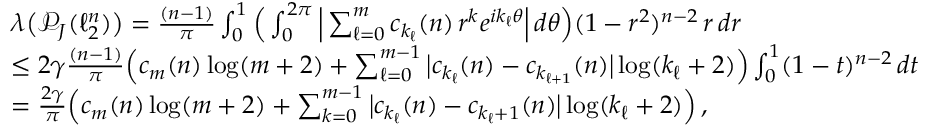
\begin{array} { r l } & { \boldsymbol { \lambda } \big ( \mathcal { P } _ { J } ( \ell _ { 2 } ^ { n } ) \big ) = \frac { ( n - 1 ) } { \pi } \int _ { 0 } ^ { 1 } \Big ( \int _ { 0 } ^ { 2 \pi } \Big | \sum _ { \ell = 0 } ^ { m } c _ { k _ { \ell } } ( n ) \, r ^ { k } e ^ { i k _ { \ell } \theta } \Big | \, d \theta \Big ) ( 1 - r ^ { 2 } ) ^ { n - 2 } \, r \, d r } \\ & { \leq 2 \gamma \frac { ( n - 1 ) } { \pi } \Big ( c _ { m } ( n ) \log ( m + 2 ) + \sum _ { \ell = 0 } ^ { m - 1 } \big | c _ { k _ { \ell } } ( n ) - c _ { k _ { \ell + 1 } } ( n ) \big | \log ( k _ { \ell } + 2 ) \Big ) \int _ { 0 } ^ { 1 } ( 1 - t ) ^ { n - 2 } \, d t } \\ & { = \frac { 2 \gamma } { \pi } \Big ( c _ { m } ( n ) \log ( m + 2 ) + \sum _ { k = 0 } ^ { m - 1 } \big | c _ { k _ { \ell } } ( n ) - c _ { k _ { \ell } + 1 } ( n ) \big | \log ( k _ { \ell } + 2 ) \Big ) \, , } \end{array}